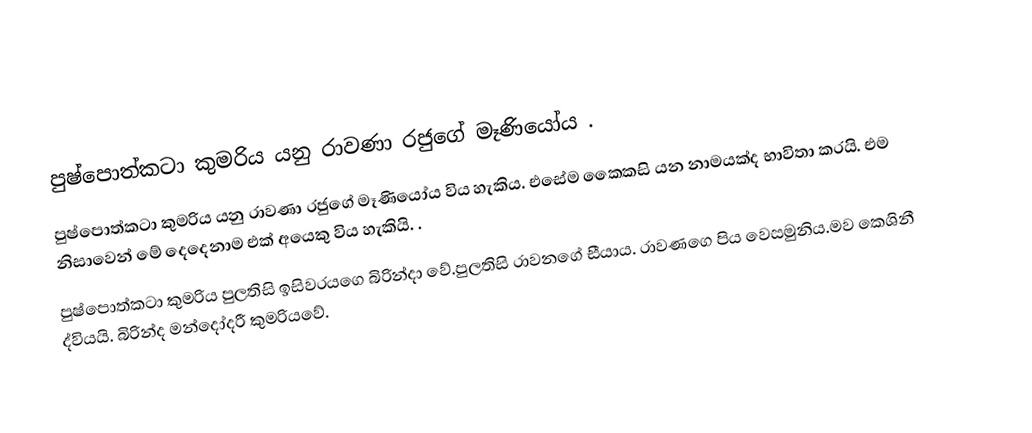
පුෂ්පොත්කටා කුමරිය  යනු රාවණා රජුගේ මෑණියෝය .
පුෂ්පොත්කටා කුමරිය  යනු රාවණා රජුගේ මෑණියෝය විය හැකිය. එසේම කෛකසි යන නාමයක්ද භාවිතා කරයි. එම නිසාවෙන් මේ දෙදෙනාම එක් අයෙකු විය හැකියි. .
පුෂ්පොත්කටා කුමරිය පුලතිසි ඉසිවරයගෙ බිරින්දා වේ.පුලතිසි රාවනගේ සීයාය. රාවණගෙ පිය වෙසමුනිය.මව කෙශිනී ද්වියයි. බිරින්ද මන්දෝදරී කුමරියවේ.